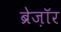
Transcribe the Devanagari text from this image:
ब्रेज़ाॅर